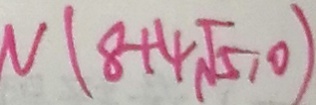
N ( 8 + 4 \sqrt { 5 } , 0 )